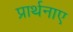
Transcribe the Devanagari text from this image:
प्रार्थनाए